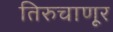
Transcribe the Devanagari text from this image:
तिरुचाणूर